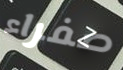
صفراء